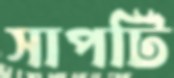
সাপটি